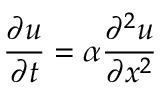
{ \frac { \partial u } { \partial t } } = \alpha { \frac { \partial ^ { 2 } u } { \partial x ^ { 2 } } }